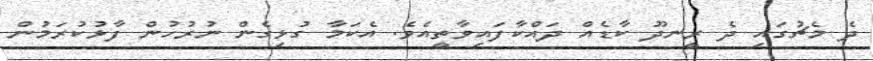
ދެ މެޗުގައި ދެ ރީނދޫ ކާޑެއް ދައްކާފައިވާތީއެވެ. އެކަމާ ގުޅިގެން ނުރުހުން ފާޅުކުރަމުން